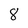
Character: 8